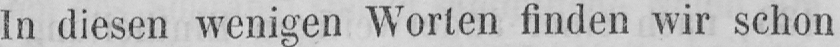
In diesen wenigen Worten finden wir schon